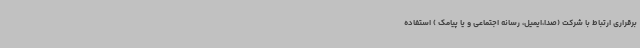
برقراری ارتباط با شرکت (صدا،ایمیل، رسانه اجتماعی و یا پیامک ) استفاده